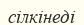
сілкінеді